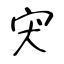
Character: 宊